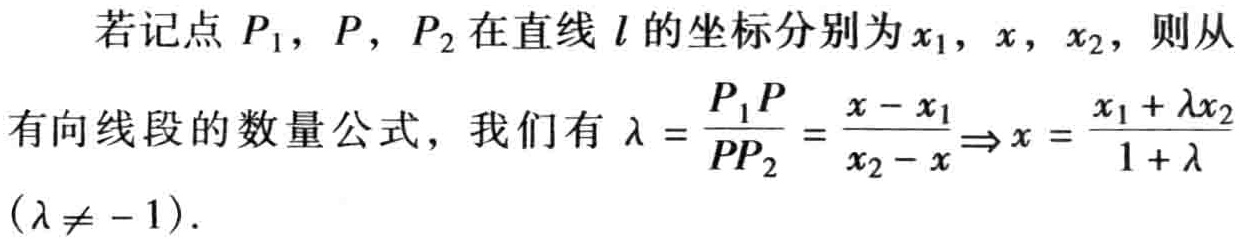
若记点 \(P_1\)，\(P\)，\(P_2\) 在直线 \(l\) 的坐标分别为 \(x_1\)，\(x\)，\(x_2\)，则从有向线段的数量公式，我们有 \(\lambda = \frac{P_1P}{PP_2} = \frac{x - x_1}{x_2 - x}\Rightarrow x = \frac{x_1 + \lambda x_2}{1 + \lambda}(\lambda\neq - 1)\)。